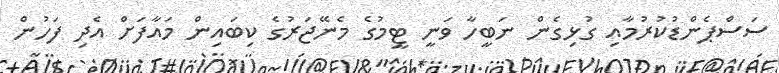
ސަސްޕެންޑުކުރުމާއި ގުޅިގެން ނަބީހާ ވަނީ ޓީމުގެ މެނޭޖަރުގެ ކިބައިން މައާފަށް އެދި ފަހުން